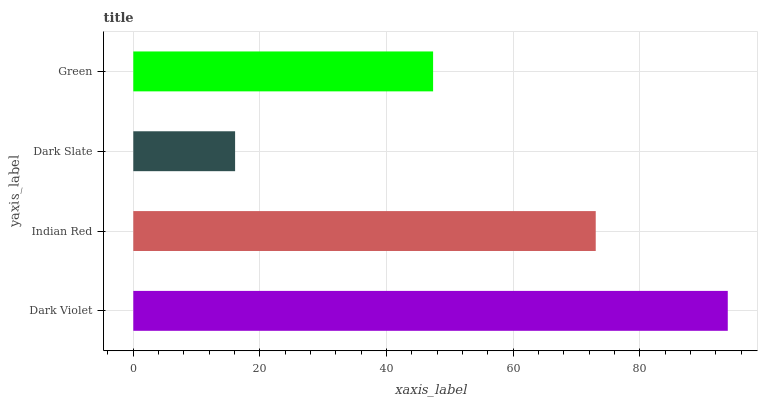
| yaxis_label | bars |
 | --- | --- |
 | Dark Violet | 93.9 |
 | Indian Red | 73 |
 | Dark Slate | 16.1 |
 | Green | 47.3 |